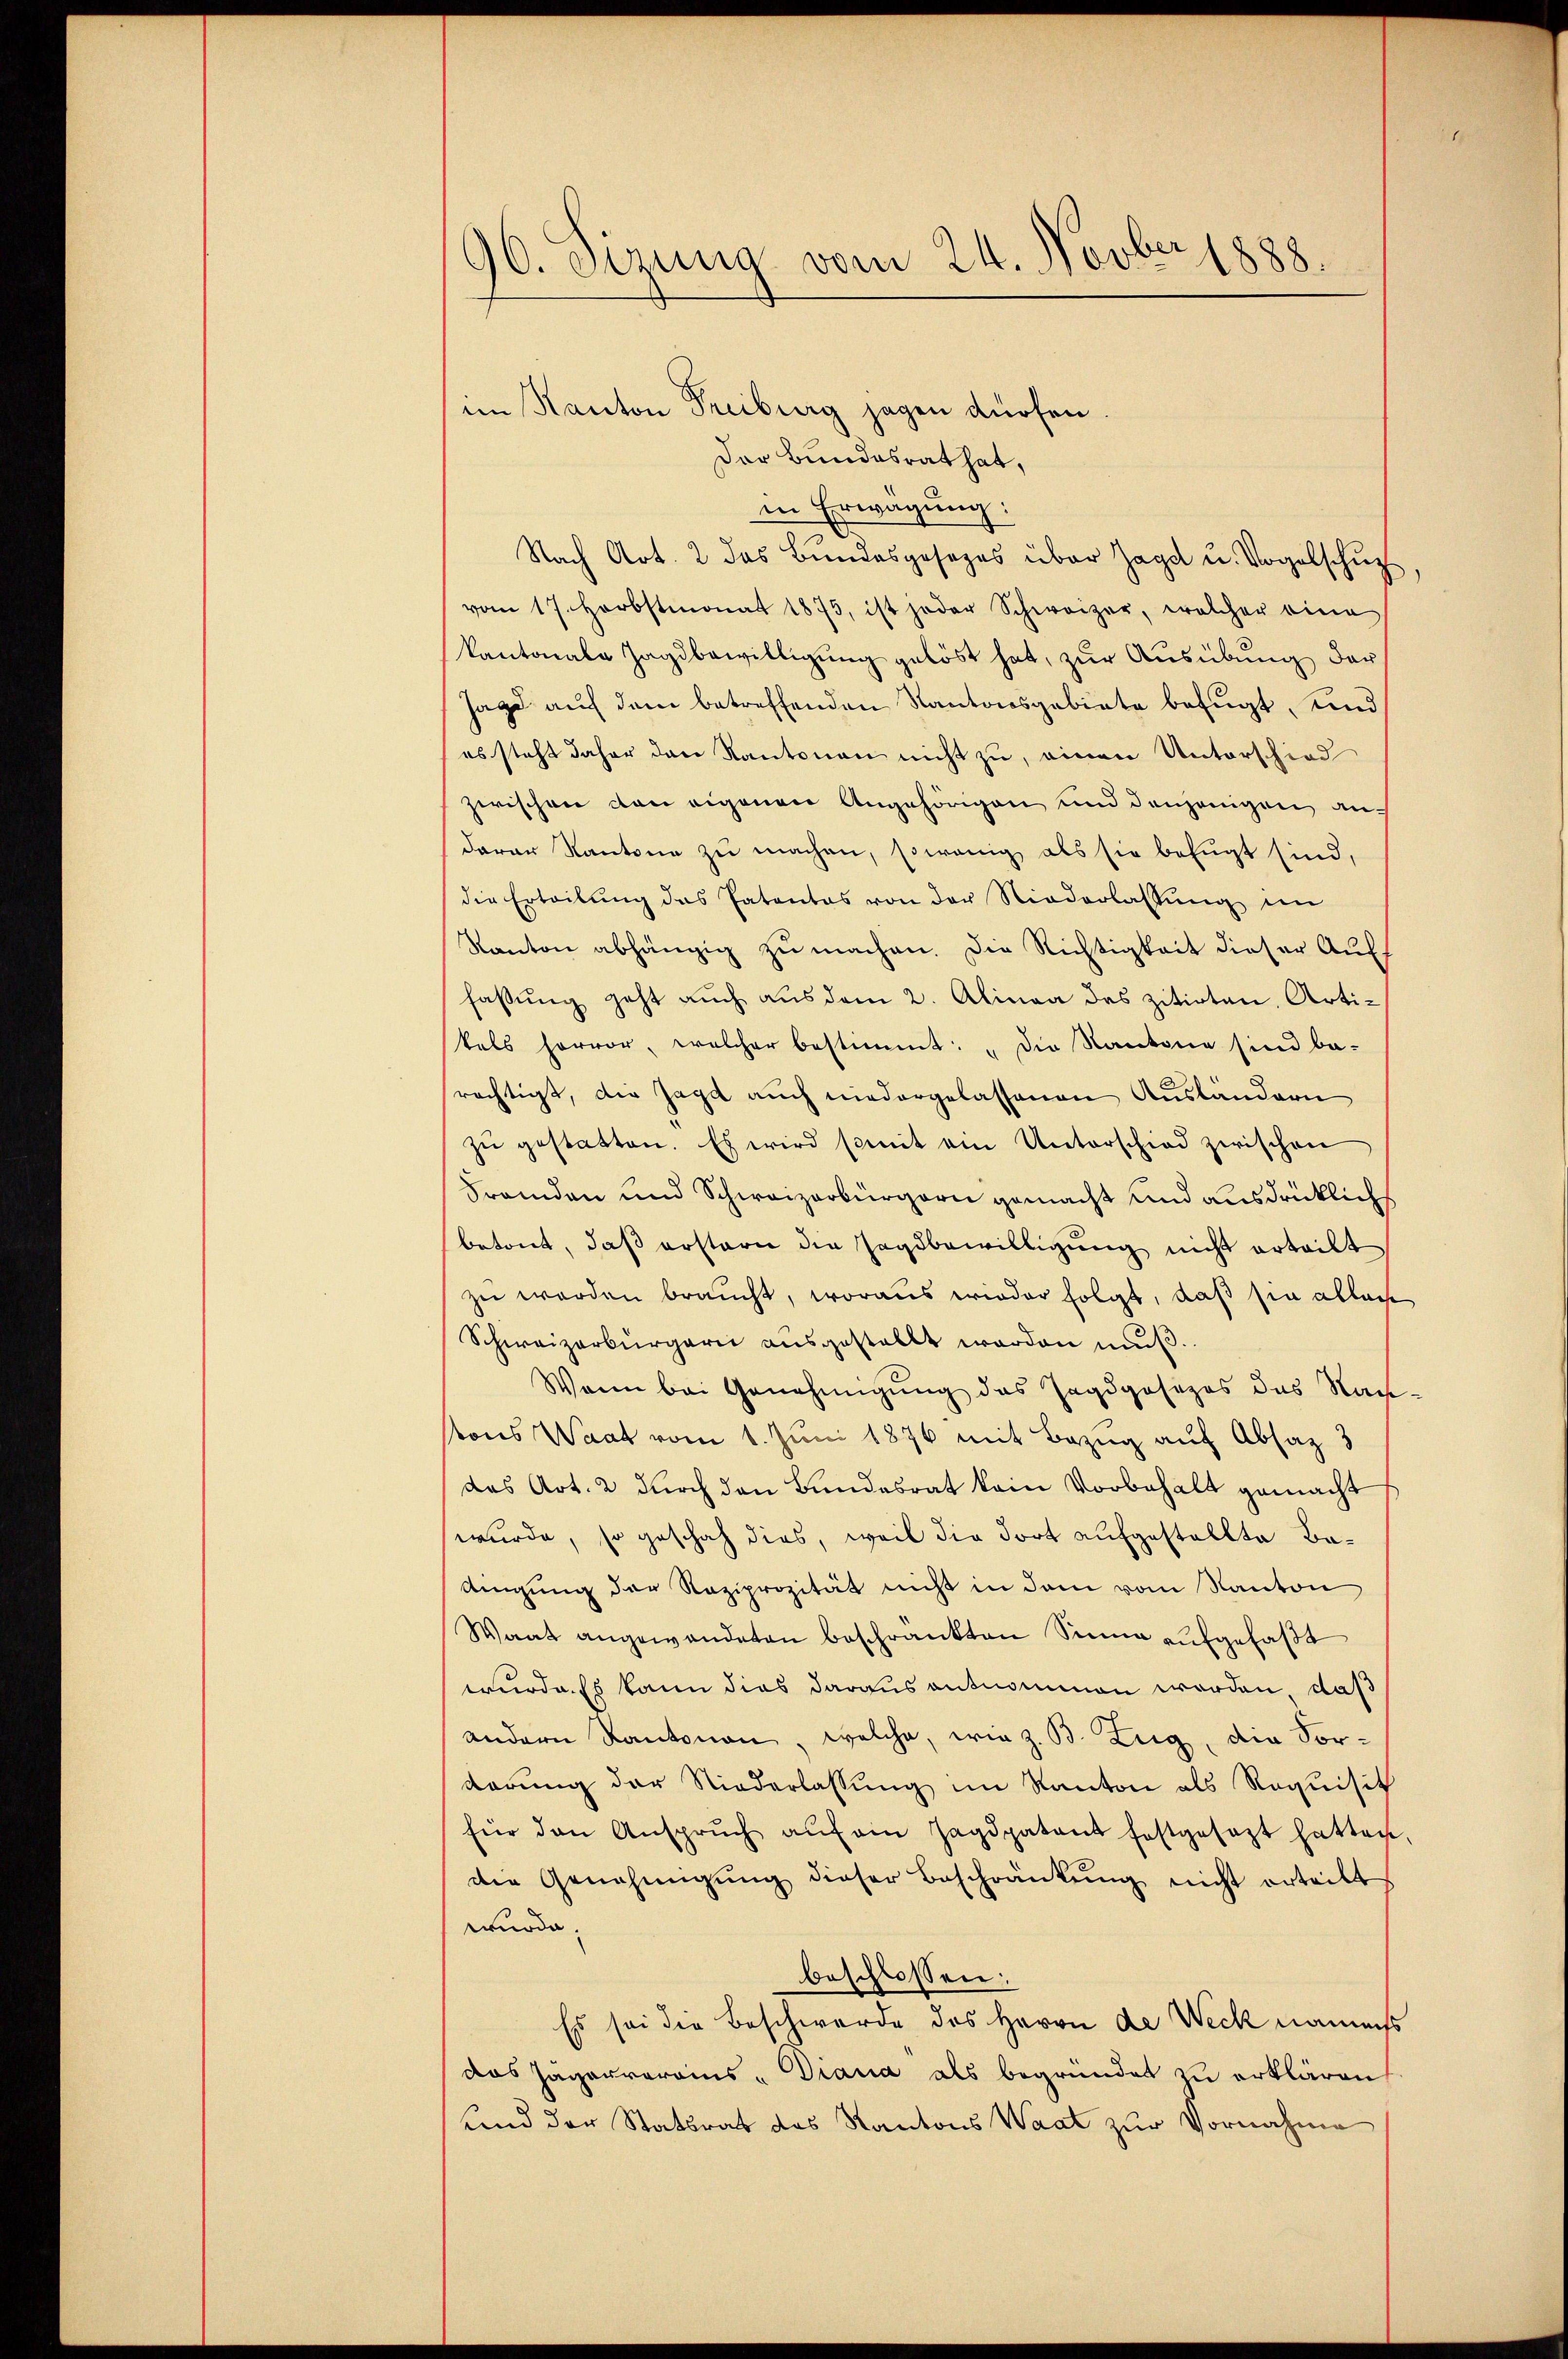
196. Sizung vom 24. Novber 1888.

Der Bundesrat hat,
in Erwägung:
Nach Art. 2 das Bundesgesezes über Jagd u. Vogelschup
vom 17. Herbstmonat 1875, ist jeder Schweizer, welcher eine
Kantonale Jagdbewilligung gelöst hat, zur Ausübung der
Jagd auf dem betreffenden Kantonsgebiete befugt, und
es steht daher den Kantonen nicht zu, einen Unterschied
zwischen von eigenen Angehörigen und denjenigen andarer Kantone zu machen, sowenig als sie befugt sind,
die Erteilŭng des Patentes von der Niederlassŭng im
Kanton abhängig zu machen. Die Richtigkeit dieser Auffassung geht auch aus dem 2. Alinea das zitirten, Artikals hervor, welcher bestimmt: „Die Kantone sind ba-
rächtigt, der Jagd auch niedergelassenen Auslandern
zŭ gestatten. Es wird somit ein Unterschied zwischen
Fremden und Schweizerbürgern gemacht und ausdrücklichs
betont, daß erstern die Zagdbewilligung nicht erteilt
zu werden braucht, woraus wieder folgt, daß sie allei
Schweizerbürgern aŭsgestellt worden mŭβ.
Wann bei Genehmigŭng des Jagdgosezes das Nach-
stons Waat vom 1. Juni 1876 mit Bezug auf Absaz 3
das Art. 2 durch den Bundesrat kein Vorbehalt gemacht
wurde, so geschah dies, weil die Fort aufgestellte Badigung der Raziprozität nicht in dem vom Kanton
Waat angewandeten beschränkten Sinne aufgefaßt
wurdes kann dies daraus entnommen worden, daß
andern Kantonen, welche, wie z. B. Zug, die Vordarung der Niederlassŭng im Kanton als Requisit
für den Ansprŭch aŭf ein Jagdpatent festgesezt hatten,
die Genehmigŭng dieser Beschränkŭng nicht erteilt
wurde,
beschlossen:
Es sei die Beschwerde des Herrn de Weck naments
das Jägerrarains - Diana als begründet zu erklären
und der Statsrat des Kantons Waat zur Vornahme

im Kanton Freiburg sagen dürfen